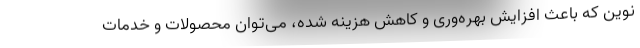
نوین که باعث افزایش بهره‌وری و کاهش هزینه شده، می‌توان محصولات و خدمات